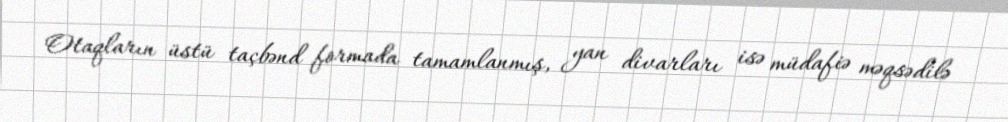
Otaqların üstü taçbənd formada tamamlanmış, yan divarları isə müdafiə məqsədilə